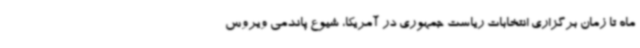
ماه تا زمان برگزاری انتخابات ریاست جمهوری در آمریکا، شیوع پاندمی ویروس